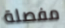
مفصلة